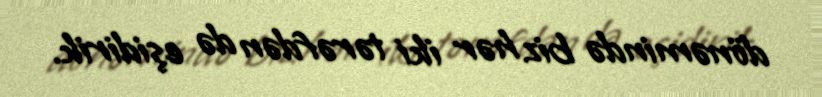
dönəmində biz hər iki tərəfdən də eşidirik.